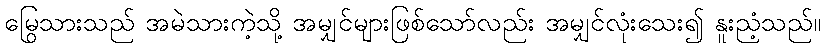
မြွေသားသည် အမဲသားကဲ့သို့ အမျှင်များဖြစ်သော်လည်း အမျှင်လုံးသေး၍ နူးညံ့သည်။